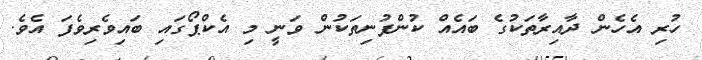
ހުރި އެހެން ދާއިރާތަކުގެ ބައެއް ކުންފުނިތަކުން ވަނީ މި އެކްޕޯގައި ބައިވެރިވެފަ އެވެ.